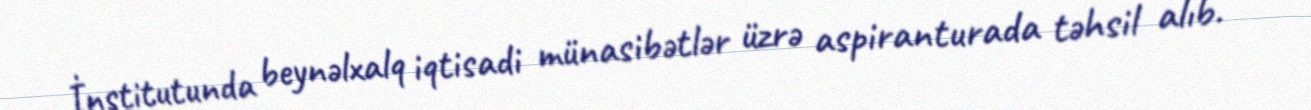
İnstitutunda beynəlxalq iqtisadi münasibətlər üzrə aspiranturada təhsil alıb.